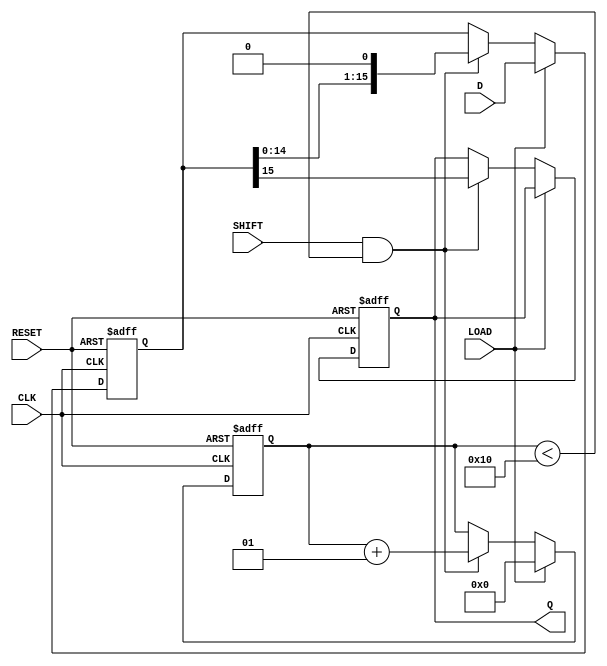
module PISO_Register (
    input wire [15:0] D,    // 16-bit data input
    input wire LOAD,        // Load control signal
    input wire SHIFT,       // Shift control signal
    input wire CLK,         // Clock signal
    input wire RESET,       // Asynchronous reset signal
    output reg Q           // Serial output
);

    reg [15:0] shift_reg;    // 16-bit shift register
    integer count;           // Bit counter for shifting

    always @(posedge CLK or posedge RESET) begin
        if (RESET) begin
            shift_reg <= 16'b0; // Clear the register
            Q <= 1'b0;          // Reset the output
            count <= 0;         // Reset the count
        end
        else begin
            if (LOAD) begin
                shift_reg <= D; // Load data on LOAD signal
                count <= 0;     // Reset counter
            end 
            else if (SHIFT && count < 16) begin
                Q <= shift_reg[15]; // Output MSB
                shift_reg <= {shift_reg[14:0], 1'b0}; // Shift left
                count <= count + 1; // Increment count
            end
        end
    end

endmodule